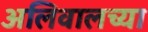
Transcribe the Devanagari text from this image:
अलिवालच्या